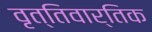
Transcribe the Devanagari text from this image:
वृत्तिवार्तिक